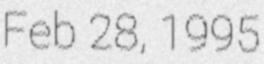
Feb 28, 1995